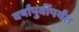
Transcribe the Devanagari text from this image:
वर्षांपुर्वीपर्यंत